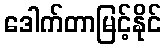
ဒေါက်တာမြင့်နိုင်